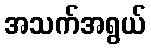
အသက်အရွယ်